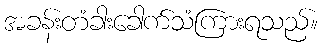
အခန်းတံခါးခေါက်သံကြားရသည်။